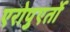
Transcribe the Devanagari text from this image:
एरोपुएर्तो